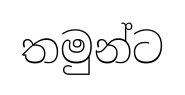
තමුන්ට